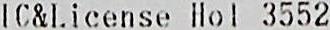
IC&LICENSE HOL 3552